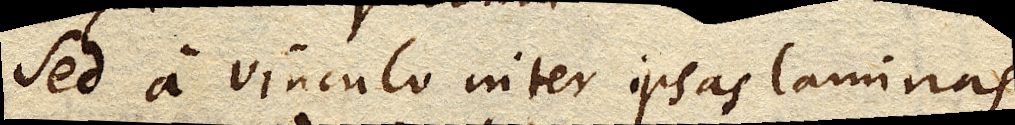
Sed a vinculo inter ipsas laminas